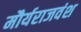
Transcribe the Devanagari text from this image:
मौर्यराजवंश